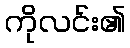
ကိုလင်း၏